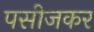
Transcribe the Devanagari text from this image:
पसीजकर